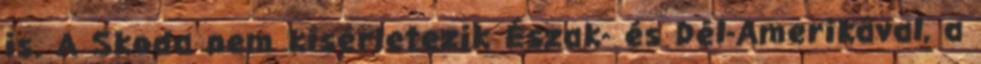
is. A Skoda nem kísérletezik Észak- és Dél-Amerikával, a